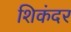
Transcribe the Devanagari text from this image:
शिकंदर